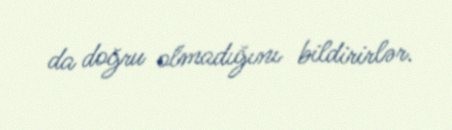
da doğru olmadığını bildirirlər.